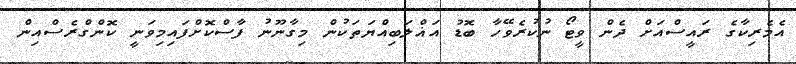
އެމެރިކާގެ ރައީސްއަށް ދެން ވީޓޯ ނުކުރެވޭހާ ބޮޑު އަޣްލަބިއްޔަތަކުން މިގާނޫނު ފާސްކޮށްފައިމިވަނީ ކޮންގްރެސްއިން